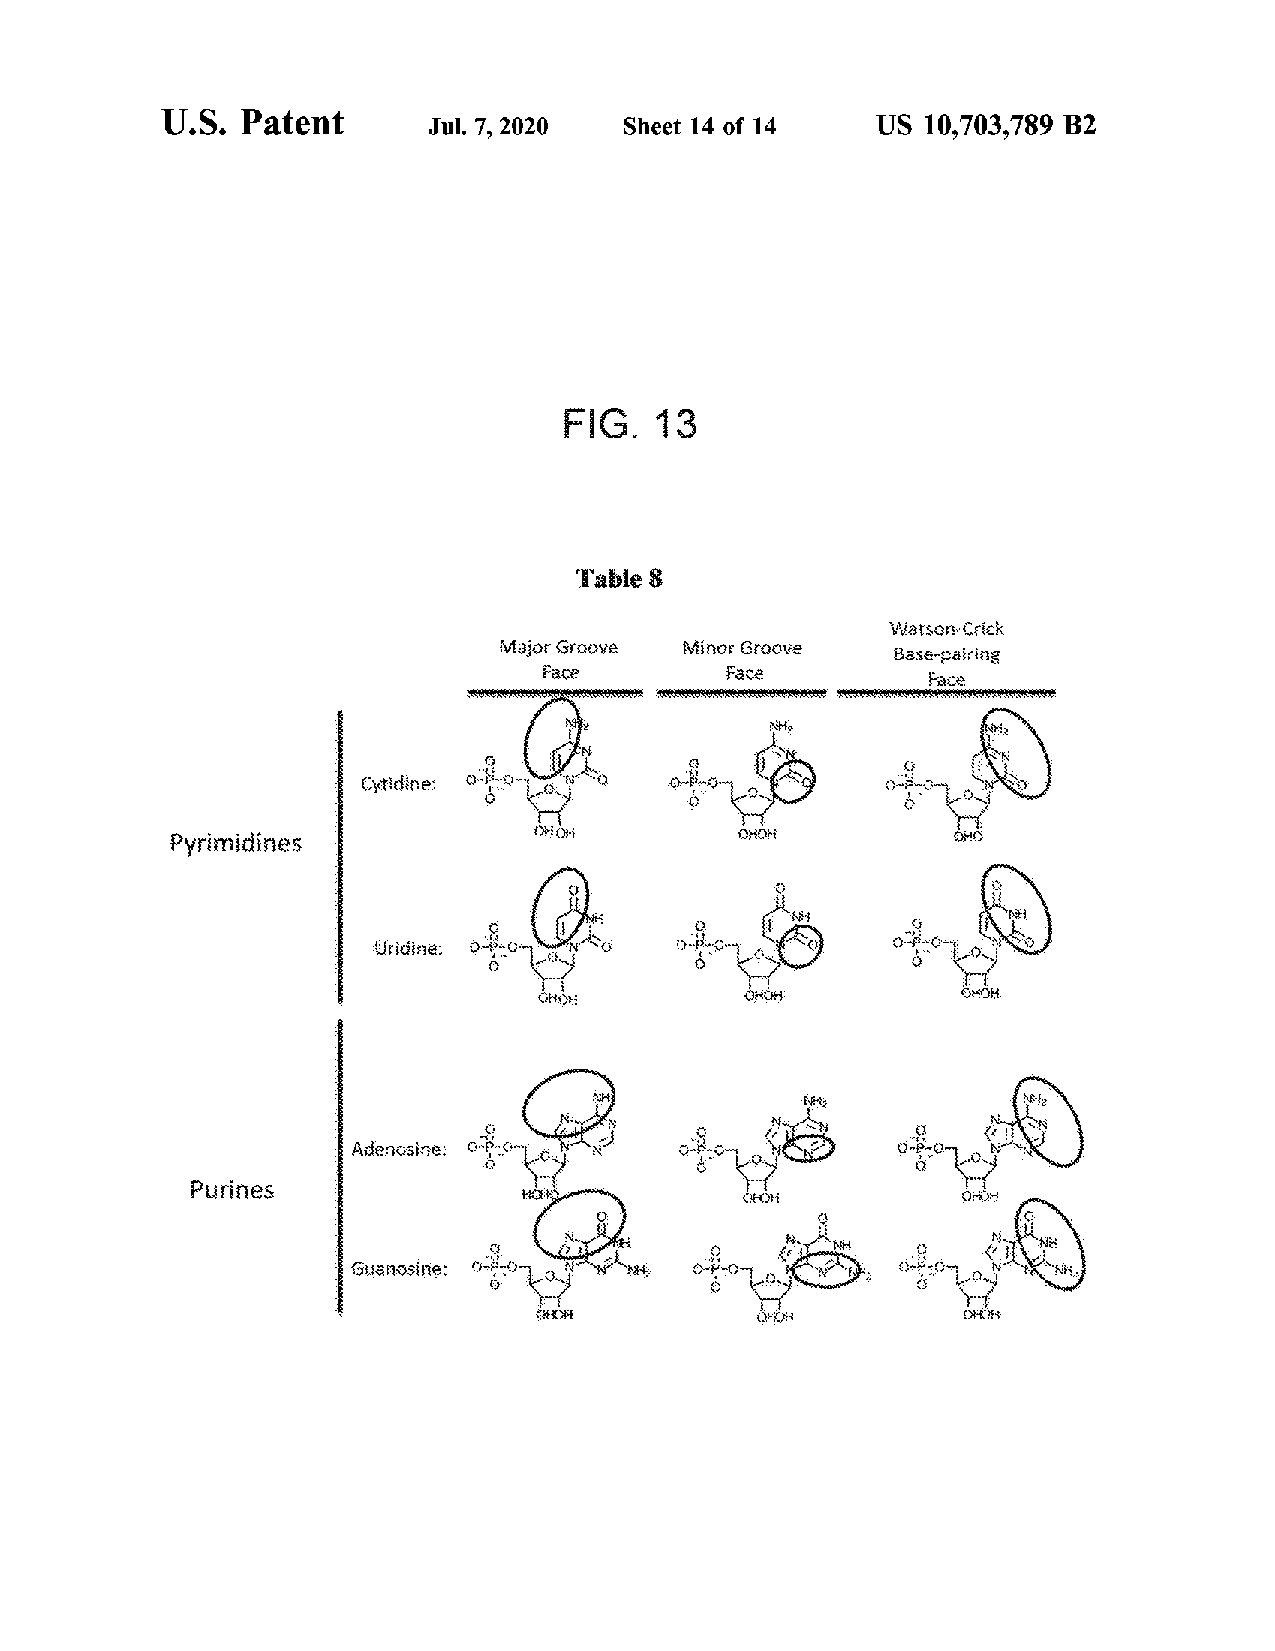
U.S. Patent
 Jul. 7 , 2020 Sheet 14 of 14 US 10,703,789 B2
 FIG  . 13
 Watson Crick
 Major Groove
 Base - pairing
 ??
 Cytidine :                         ???? ?????
 Pyrimidines
 Uridine: omnia
 core.com
 Guanosine :